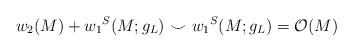
\begin{align*}w_{2}(M) + {w_{1}}^S(M;g_{L})~{\smile}~{w_{1}}^S(M;g_{L}) = {\cal O}(M)\end{align*}